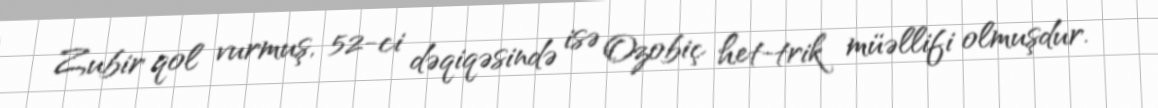
Zubir qol vurmuş, 52-ci dəqiqəsində isə Ozobiç het-trik müəllifi olmuşdur.